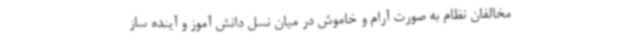
مخالفان نظام به صورت آرام و خاموش در میان نسل دانش آموز و آینده ساز